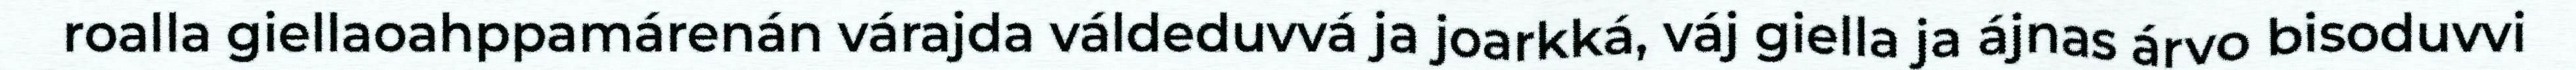
roalla giellaoahppamárenán várajda váldeduvvá ja joarkká, váj giella ja ájnas árvo bisoduvvi